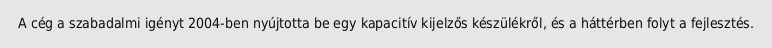
A cég a szabadalmi igényt 2004-ben nyújtotta be egy kapacitív kijelzős készülékről, és a háttérben folyt a fejlesztés.